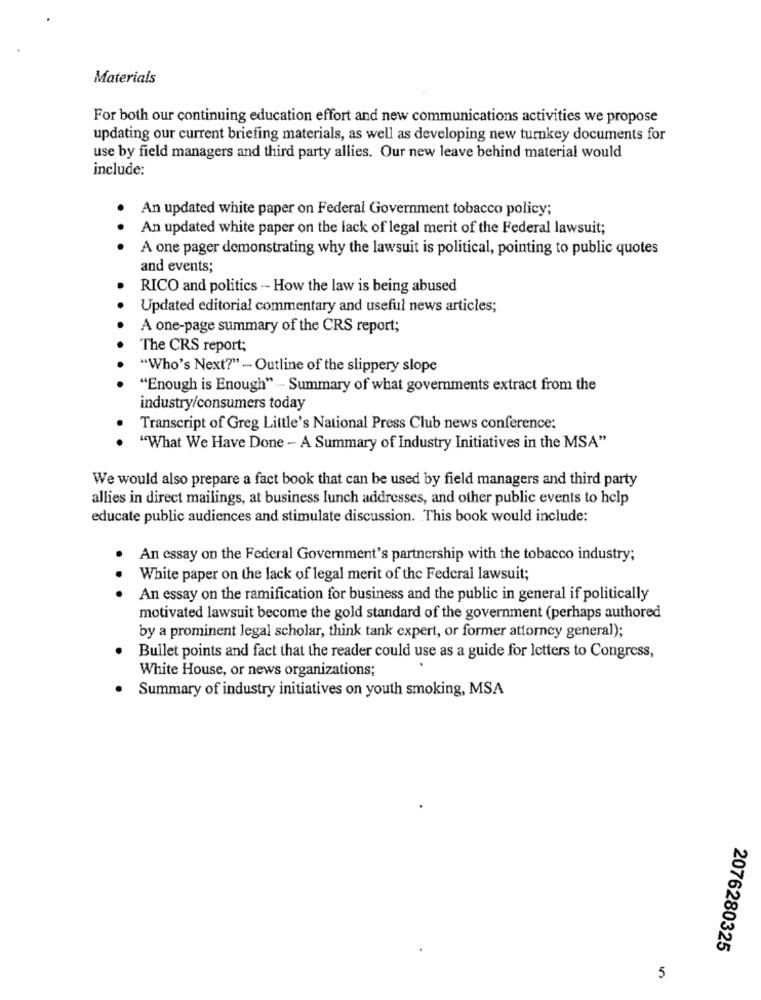
Materials
For both our continuing education effort and new communications activities we propose
updating our current briefing materials, as well as developing new turnkey documents for
use by field managers and third party allies. Our new leave behind material would
include:
An updated white paper on Federal Government tobacco policy;
An updated white paper on the lack of legal merit of the Federal lawsuit;
. . .
A one pager demonstrating why the lawsuit is political, pointing to public quotes
and events;
RICO and politics - How the law is being abused
Updated editorial commentary and useful news articles;
A one-page summary of the CRS report;
The CRS report;
"Who's Next?" - Outline of the slippery slope
"Enough is Enough" - Summary of what governments extract from the
industry/consumers today
Transcript of Greg Little's National Press Club news conference;
. .
"What We Have Done - A Summary of Industry Initiatives in the MSA"
We would also prepare a fact book that can be used by field managers and third party
allies in direct mailings, at business lunch addresses, and other public events to help
educate public audiences and stimulate discussion. This book would include:
An essay on the Federal Government's partnership with the tobacco industry;
White paper on the lack of legal merit of the Federal lawsuit;
An essay on the ramification for business and the public in general if politically
motivated lawsuit become the gold standard of the government (perhaps authored
by a prominent legal scholar, think tank expert, or former attorney general);
Bullet points and fact that the reader could use as a guide for letters to Congress,
White House, or news organizations;
Summary of industry initiatives on youth smoking, MSA
2076280325
5